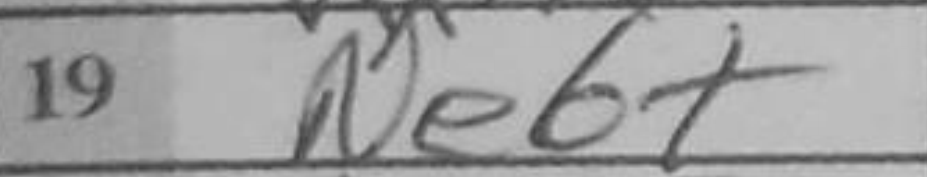
Transcription: Ne6+